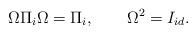
\begin{align*}\Omega \Pi _{i}\Omega =\Pi _{i},\qquad \Omega ^{2}=I_{id}.\end{align*}